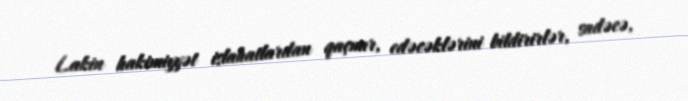
Lakin hakimiyyət islahatlardan qaçmır, edəcəklərini bildirirlər, sadəcə,